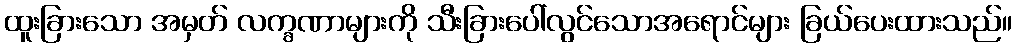
ထူးခြားသော အမှတ် လက္ခဏာများကို သီးခြားပေါ်လွင်သောအရောင်များ ခြယ်ပေးထားသည်။